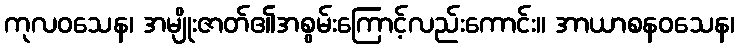
ကုလဝသေန၊ အမျိုးဇာတ်၏အစွမ်းကြောင့်လည်းကောင်း။ အာယာစနဝသေန၊